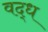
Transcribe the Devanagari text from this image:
वद्ध